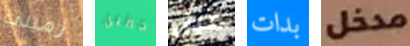
زميلي جيزيل قبل بدات مدخل